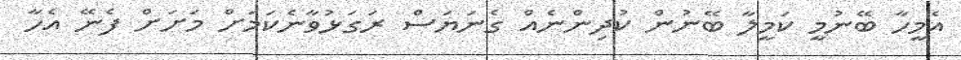
އެމީހާ ބޭނުމީ ކަމީލާ ބޭނުން ކުދިންނެއް ގެނަޔަސް ރަގަޅުވާނެކަމަށް މަށަށް ފެނޭ އެހާ